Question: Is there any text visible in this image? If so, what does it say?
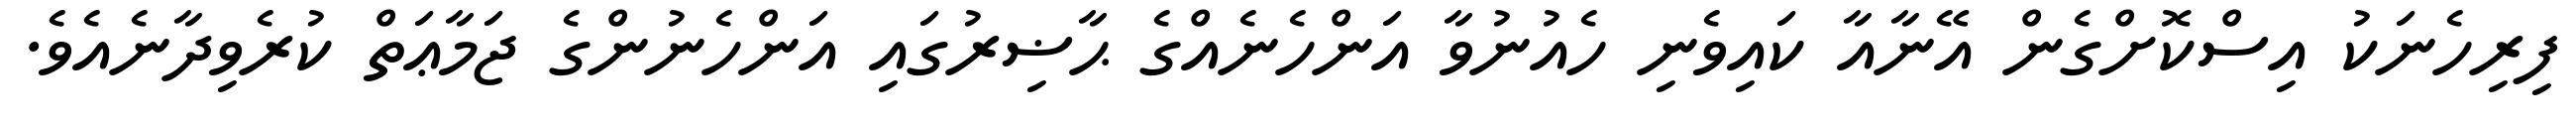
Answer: ފިރިހެނަކު އިސްކޮށްގެން އޭނާއާ ކައިވެނި ހެއުނުވާ އަންހެނެއްގެ ޙާޟިރުގައި އަންހެނުންގެ ޖަމާޢަތް ކުރެވިދާނެއެވެ.